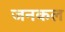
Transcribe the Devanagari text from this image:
जनकल